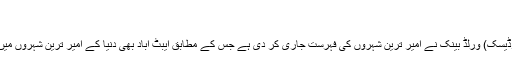
...
ایبٹ آباد (نیو زڈیسک) ورلڈ بینک نے امیر ترین شہروں کی فہرست جاری کر دی ہے جس کے مطابق ایبٹ آباد بھی دنیا کے امیر ترین شہروں میں سے ایک ہے۔